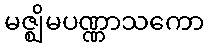
မဇ္ဈိမပဏ္ဏာသကော